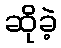
ဆိုခဲ့